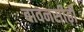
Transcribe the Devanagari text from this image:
बावनसीढ़ी